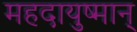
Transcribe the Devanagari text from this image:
महदायुष्मान्